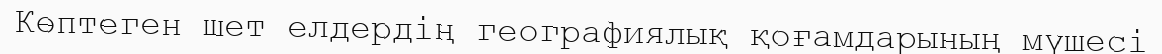
Көптеген шет елдердің географиялық қоғамдарының мүшесі